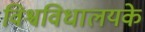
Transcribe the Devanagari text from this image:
विश्वविधालयके